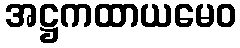
အဋ္ဌကထာယမေဝ